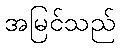
အမြင်သည်